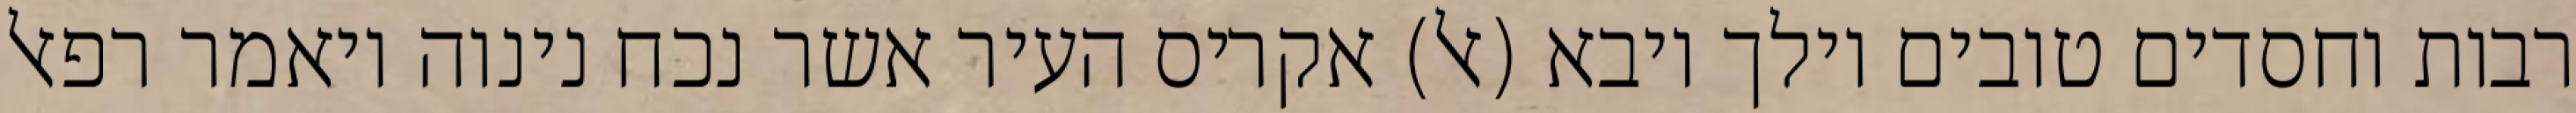
רבות וחסדים טובים וילך ויבא (אל) אקריס העיר אשר נכח נינוה ויאמר רפאל